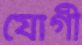
যোগী